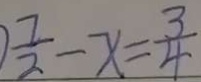
\frac { 7 } { 2 } - x = \frac { 3 } { 4 }